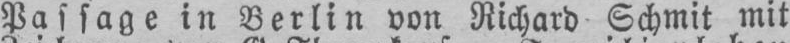
Passage in Berlin von Richard Schmit mit